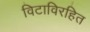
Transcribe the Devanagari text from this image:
विटाविरहित